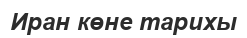
Иран көне тарихы